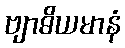
ဗျာဓိယမာနံ